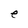
Character: e